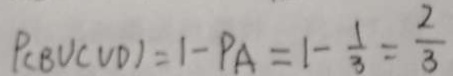
P ( B V C V D ) = 1 - P A = 1 - \frac { 1 } { 3 } = \frac { 2 } { 3 }